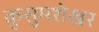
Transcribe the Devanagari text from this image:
कुसुमशेखर